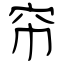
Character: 帘